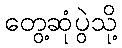
တွေ့ဆုံပွဲသို့